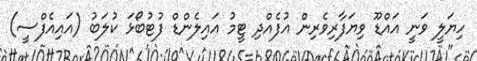
ހިޔަލީ ވަނީ އައްޑޫ ވިޔަފާރިވެރިން އުފެއްދި ޓީމު އައިލެންޑް ފުޓުބޯޅަ ކުލަބު (އައިއެފްސީ)